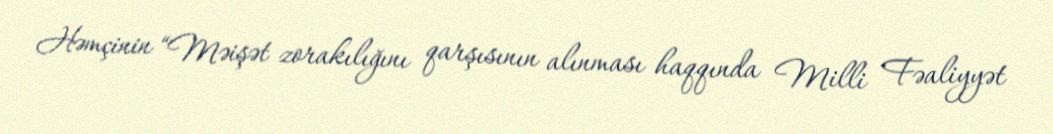
Həmçinin “Məişət zorakılığını qarşısının alınması haqqında Milli Fəaliyyət